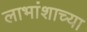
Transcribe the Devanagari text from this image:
लाभांशाच्या